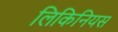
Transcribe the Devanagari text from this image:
लिकिनियस